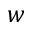
w